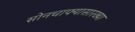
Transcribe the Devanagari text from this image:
सोनचाफ्यासारख्या